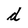
Character: d